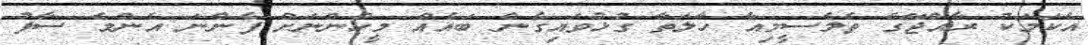
އެކަމަކު ރާއްޖޭގެ ތެލެސީމިއާ ހާލަތާ ގުޅުވައިގެން ބައެއް މީހުންނަށް ފެންނަ އެންމެ ސާފު